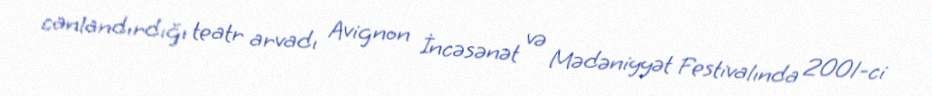
canlandırdığı teatr arvadı Avignon İncəsənət və Mədəniyyət Festivalında 2001-ci